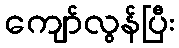
ကျော်လွန်ပြီး